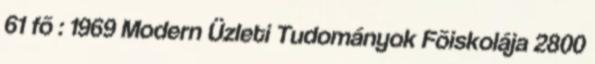
61 fõ : 1969 Modern Üzleti Tudományok Fõiskolája 2800